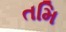
તમિ